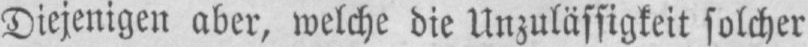
Diejenigen aber, welche die Unzulässigkeit solcher